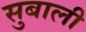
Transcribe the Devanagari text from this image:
सुबाली